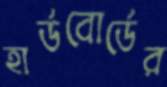
হার্ডবোর্ডের